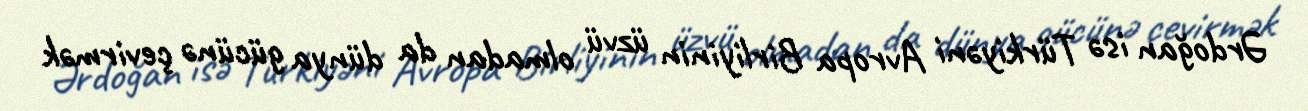
Ərdoğan isə Türkiyəni Avropa Birliyinin üzvü olmadan da dünya gücünə çevirmək